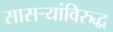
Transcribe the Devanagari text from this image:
सासऱ्यांविरुद्ध